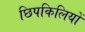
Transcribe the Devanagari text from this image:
छिपकिलियों